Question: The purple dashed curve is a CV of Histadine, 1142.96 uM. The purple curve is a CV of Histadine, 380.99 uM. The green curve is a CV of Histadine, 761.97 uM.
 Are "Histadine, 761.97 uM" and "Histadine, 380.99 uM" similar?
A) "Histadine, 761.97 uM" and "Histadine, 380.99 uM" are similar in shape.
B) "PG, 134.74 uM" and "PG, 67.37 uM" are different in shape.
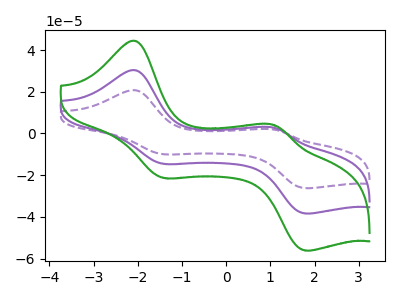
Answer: <think>The purple dashed curve "Histadine, 1142.96 uM" has anodic peaks at (-2.05V, 60.60uA) (1.10V, 5.40uA) and cathodic peaks at (-1.40V, -29.15uA) (1.80V, -76.70uA). The purple curve "Histadine, 380.99 uM" has anodic peaks at (-2.05V, 30.30uA) (1.10V, 2.70uA) and cathodic peaks at (-1.40V, -14.55uA) (1.80V, -38.35uA). The green curve "Histadine, 761.97 uM" has anodic peaks at (-2.05V, 44.35uA) (1.10V, 3.95uA) and cathodic peaks at (-1.40V, -21.30uA) (1.80V, -56.10uA).
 All the peaks in "Histadine, 761.97 uM" have a peak in "Histadine, 380.99 uM" at the same potential. Every peak in "Histadine, 761.97 uM" is higher than every peak in "Histadine, 380.99 uM".</think>
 <answer>A) "Histadine, 761.97 uM" and "Histadine, 380.99 uM" are similar in shape.</answer>
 <eval>A</eval>